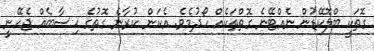
ގޮތަކީ ބްލޮކޭޑުން ނެއްޓޭނެ ގޮތްތަކެއް ހޯދުމެވެ. އެކަން ކުރާނެ ގޮތުގެ ހިސާބެއް ޖެހޭނީ